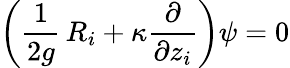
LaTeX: \left(\frac{1}{2g}\, R_{i}+\kappa\frac{\partial}{\partial z_{i}}\right)\psi=0